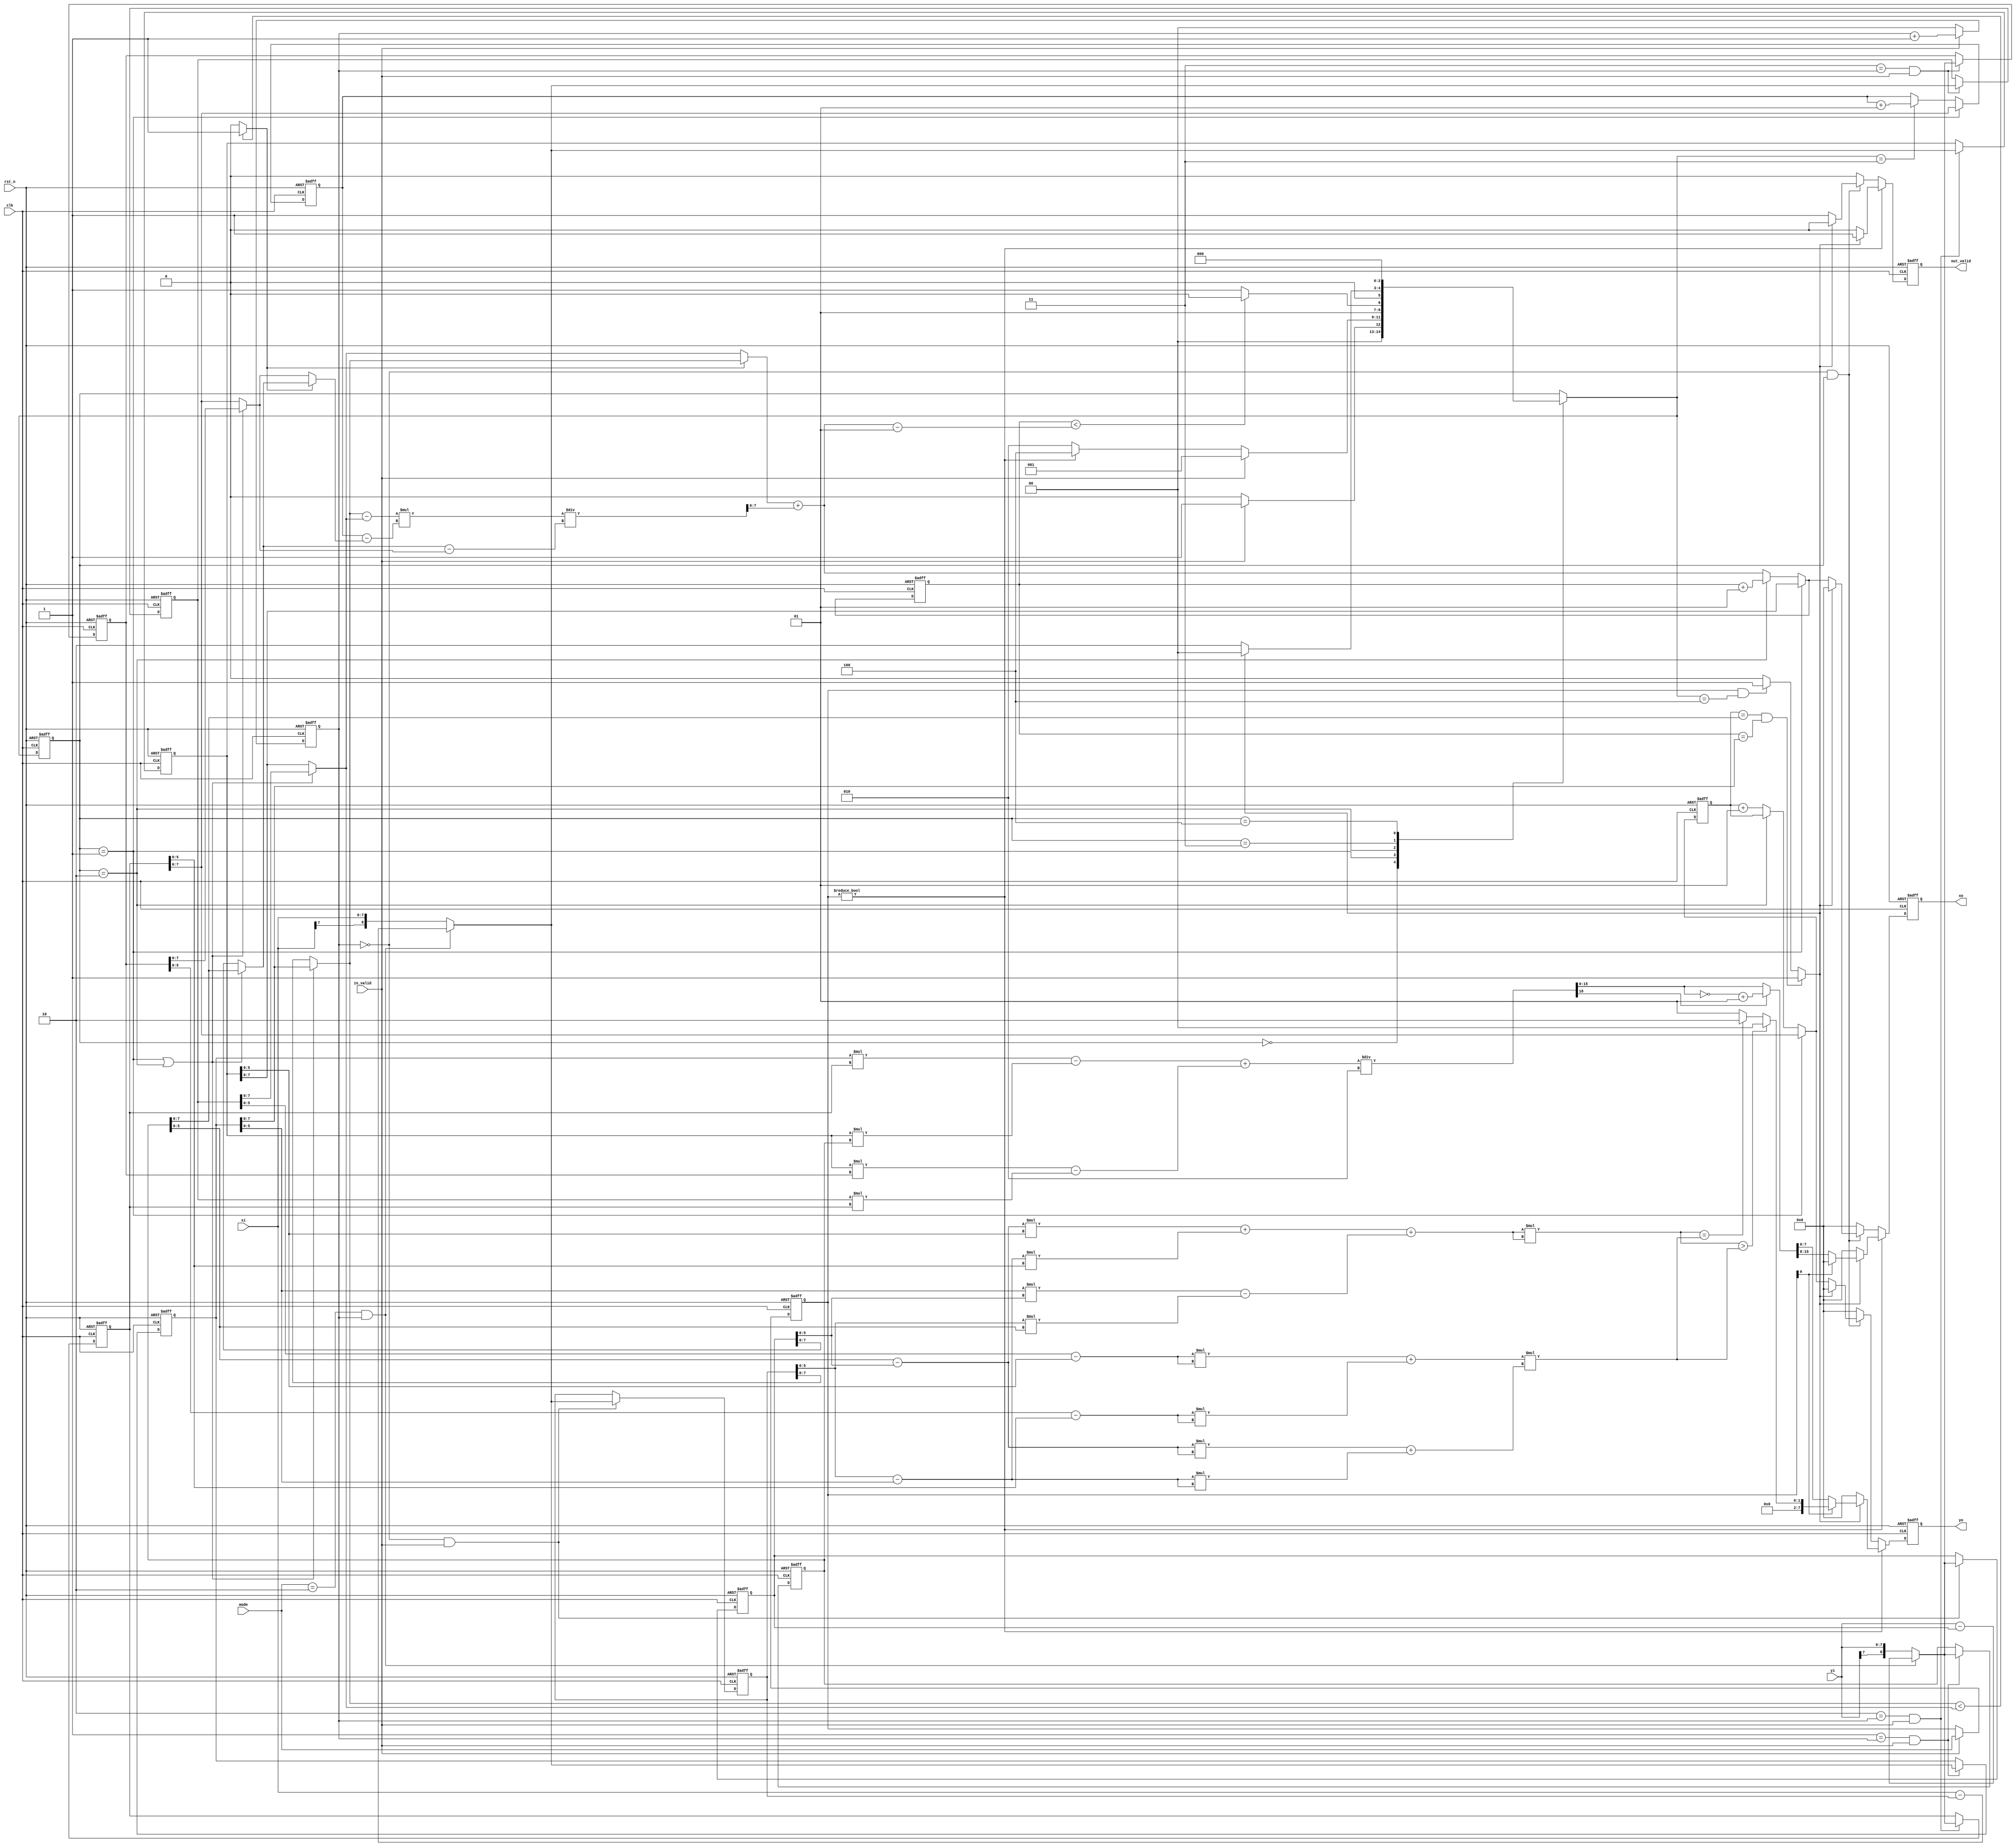
module CC(
    //Input Port
    clk,
    rst_n,
	in_valid,
	mode,
    xi,
    yi,

    //Output Port
    out_valid,
	xo,
	yo
    );

input               clk, rst_n, in_valid;
input       [1:0]   mode;
input       [7:0]   xi, yi;  

output reg          out_valid;
output reg  [7:0]   xo, yo;
//==============================================//
//             Parameter and Integer            //
//==============================================//

parameter IDLE  = 3'd0;
parameter INPUT = 3'd1;
parameter CAL1  = 3'd2;
parameter CAL2  = 3'd3;
parameter OUT   = 3'd4;

integer i, j;
genvar k;

//==============================================//
//            FSM State Declaration             //
//==============================================//

reg [2:0] curr_state, next_state;
reg       calc_finish;

//==============================================//
//                 reg declaration              //
//==============================================//

//*input block
reg [1:0] input_cnt;
reg signed [8:0] xin [0:3];
reg signed [8:0] yin [0:3];
reg signed [7:0] xin_reg [0:3];
reg signed [7:0] yin_reg [0:3];
reg signed [5:0] xin_reg_mode1 [0:3];
reg signed [5:0] yin_reg_mode1 [0:3];
reg        [1:0] mode_reg, mode_comb;

//*cal1
reg                swap;
reg  signed [7:0]  y1_choose_lv2, y2_choose_lv2, x_small, y_choose;
reg         [7:0]  x_ans_part_lv1;
reg         [15:0] numerator;
reg         [7:0]  denominator;

reg  signed [7:0]  x1_choose, x2_choose, y1_choose, y2_choose;
reg  signed [7:0]  y_cal, y_cal_comb;
reg  signed [7:0]  x_ans;

reg  signed [7:0]  xo_mode0, yo_mode0, xo_mode0_comb, yo_mode0_comb;

//*calc2
wire signed [6:0]  eq_a, eq_b;
wire signed [12:0] eq_c;
wire signed [6:0]  ra, rb;
wire        [12:0] radius_square;

wire signed [12:0] equation_dist;
wire        [12:0] normal_vector_square;

wire        [23:0] equation_dist_square;
wire        [23:0] r_square_nv_square;

reg         [1:0]  yo_mode1;

//*calc3
wire signed [18:0] op_2, op_3;
wire signed [19:0] twice_area;
wire signed [18:0] area;
reg         [18:0] area_final;

//*output block
reg       out_valid_comb;
reg [7:0] xo_comb, yo_comb;

//==============================================//
//             Current State Block              //
//==============================================//

always@(posedge clk or negedge rst_n) begin
    if(!rst_n)  curr_state <= IDLE;
    else        curr_state <= next_state;
end

//==============================================//
//              Next State Block                //
//==============================================//

always@(*) begin
    case(curr_state)
        IDLE: begin
            if(in_valid)    next_state = INPUT;
            else            next_state = IDLE;
        end
        INPUT: begin
            if(in_valid)        next_state = INPUT;
            else if(mode_reg)   next_state = OUT;
            else                next_state = CAL1;
        end
        CAL1: begin
            if(xo_mode0 < x_ans-1)  next_state = CAL1;
            else                    next_state = CAL2;
        end
        CAL2: begin
            if(calc_finish) next_state = IDLE;
            else            next_state = CAL1;
        end
        OUT: begin
            next_state = IDLE;
        end
        default: begin
            next_state = curr_state;
        end
    endcase
end

always@(*) begin
    calc_finish = 0;
    if(mode_reg && next_state == OUT)                       calc_finish = 1;
    if(yo_mode0 == yin_reg[1] && xo_mode0 == xin_reg[1])    calc_finish = 1;
end

//==============================================//
//                  Input Block                 //
//==============================================//

always@(posedge clk or negedge rst_n) begin
    if(!rst_n) begin
        input_cnt <= 2'd0;
    end
    else begin
        if(in_valid)    input_cnt <= input_cnt + 'd1;
        else            input_cnt <= 2'd0;
    end
end

//*xi
genvar xin_index;
generate
    for(xin_index=0; xin_index<4; xin_index = xin_index+1) begin
        always@(posedge clk or negedge rst_n) begin
            if(!rst_n) begin
                xin[xin_index] <= 9'b0;
            end
            else begin
                if(xin_index==input_cnt[1:0] && in_valid) begin
                    if(mode==2'd2 && input_cnt) xin[xin_index] <= $signed(xi) - xin[0];
                    else                        xin[xin_index] <= {xi[7], xi[7:0]};
                end
                else    xin[xin_index] <= xin[xin_index];
            end
        end
    end
endgenerate

//*yi
genvar yin_index;
generate
    for(yin_index=0; yin_index<4; yin_index = yin_index+1) begin
        always@(posedge clk or negedge rst_n) begin
            if(!rst_n) begin
                yin[yin_index] <= 9'b0;
            end
            else begin
                if(yin_index==input_cnt[1:0] && in_valid) begin
                    if(mode==2'd2 && input_cnt) yin[yin_index] <= $signed(yi) - yin[0];
                    else                        yin[yin_index] <= {yi[7], yi[7:0]};
                end
                else    yin[yin_index] <= yin[yin_index];
            end
        end
    end
endgenerate


generate
    for(k=0;k<4;k=k+1) begin: xin_yin_change_bit
        always@(*) begin
            xin_reg[k] = xin[k][7:0];
            yin_reg[k] = yin[k][7:0];
            xin_reg_mode1[k] = xin[k][5:0];
            yin_reg_mode1[k] = yin[k][5:0];
        end
    end
endgenerate

//*mode
always@(posedge clk or negedge rst_n) begin
    if(!rst_n)          mode_reg <= 2'b0;
    else                mode_reg <= mode_comb;
end
always@(*) begin
    if(in_valid)    mode_comb = mode;
    else            mode_comb = mode_reg;
end

//==============================================//
//              Calculation Block1              //
//==============================================//

always@(*) begin
    if(curr_state == INPUT || curr_state == CAL1) begin
        x1_choose = xin_reg[3];
        y1_choose = yin_reg[3];
        x2_choose = xin_reg[1];
        y2_choose = yin_reg[1];
    end
    else begin
        x1_choose = xin_reg[2];
        y1_choose = yin_reg[2];
        x2_choose = xin_reg[0];
        y2_choose = yin_reg[0];
    end
end

always@(*) begin
    swap = (x2_choose < x1_choose)? 1:0;
    x_small = swap ? x2_choose : x1_choose;
    y_choose = swap ? y2_choose : y1_choose;
    numerator = ((x2_choose-x1_choose)*(y_cal-y_choose));
    denominator = y2_choose - y1_choose;
    x_ans_part_lv1 = numerator/denominator;
    x_ans = x_small + x_ans_part_lv1;
end

//------------------------------------------------------------------------------------------------------------------//

always@(*) begin
    if(curr_state == INPUT) y_cal_comb = yin_reg[2];
    else if(next_state == CAL2) y_cal_comb = y_cal + 1;
    else y_cal_comb = y_cal;
end
always@(posedge clk or negedge rst_n) begin
    if(!rst_n)  y_cal <= 0;
    else        y_cal <= y_cal_comb;
end

//*output
always@(*) begin
    if(curr_state == INPUT) begin
        xo_mode0_comb = xin_reg[2];
        yo_mode0_comb = yin_reg[2];
    end
    else if(curr_state == CAL1) begin
        xo_mode0_comb = xo_mode0 + 1;
        yo_mode0_comb = yo_mode0;
    end
    else begin
        xo_mode0_comb = x_ans;
        yo_mode0_comb = yo_mode0 + 1;
    end
end
always@(posedge clk or negedge rst_n) begin
    if(!rst_n)  xo_mode0 <= 0;
    else        xo_mode0 <= xo_mode0_comb;
end
always@(posedge clk or negedge rst_n) begin
    if(!rst_n)  yo_mode0 <= 0;
    else        yo_mode0 <= yo_mode0_comb;
end

//==============================================//
//              Calculation Block2              //
//==============================================//
//*the input coordinates here will be limited to 6 bits
//TODO: minimize bits

assign eq_a = yin_reg_mode1[1] - yin_reg_mode1[0];
assign eq_b = xin_reg_mode1[0] - xin_reg_mode1[1];
assign eq_c = xin_reg_mode1[1]*yin_reg_mode1[0] - xin_reg_mode1[0]*yin_reg_mode1[1]; //x2y1 - x1y2 //6x6 signed
assign equation_dist = eq_a*xin_reg_mode1[2] + eq_b*yin_reg_mode1[2] + eq_c; //ax+by+c //7x6 signed
assign equation_dist_square = equation_dist*equation_dist;

assign ra = xin_reg_mode1[3] - xin_reg_mode1[2];
assign rb = yin_reg_mode1[3] - yin_reg_mode1[2];
assign radius_square = ra*ra + rb*rb; //7x7 signed

assign normal_vector_square = eq_a*eq_a + eq_b*eq_b; //eq_a^2 + eq_b^2 

assign r_square_nv_square = radius_square*normal_vector_square;

always@(*) begin
    if(equation_dist_square > r_square_nv_square)       yo_mode1 = 2'd0; //non-intersecting 
    else if(equation_dist_square == r_square_nv_square) yo_mode1 = 2'd2; //tangent 
    else                                                yo_mode1 = 2'd1; //intersecting 
end

//==============================================//
//              Calculation Block3              //
//==============================================//

assign op_2 = xin[1]*yin[2] - xin[2]*yin[1]; //x1y2 - x2y1
assign op_3 = xin[2]*yin[3] - xin[3]*yin[2]; //x1y2 - x2y1

assign twice_area = op_2 + op_3; 
assign area = twice_area / 2;

always@(*) begin
    if(area[18])    area_final = ~area + 1;
    else            area_final = area;
end


//==============================================//
//                Output Block                  //
//==============================================//

always@(*) begin
    out_valid_comb = 0;
    xo_comb = 0;
    yo_comb = 0;
    if(mode_reg) begin
        if(calc_finish) begin
            out_valid_comb = 1;
            if(mode_reg[0]) begin //mode 1 
                xo_comb = 0;
                yo_comb = yo_mode1;
            end
            else begin //mode 2 
                xo_comb = area_final[15:8];
                yo_comb = area_final[7:0];
            end
        end
    end
    else begin //mode 0 
        if(input_cnt == 0 && curr_state) begin
            if(!calc_finish) begin
                out_valid_comb = 1;
                xo_comb = xo_mode0_comb;
                yo_comb = yo_mode0_comb;
            end
        end
    end
end

always@(posedge clk or negedge rst_n) begin
    if(!rst_n)  out_valid <= 0;
    else        out_valid <= out_valid_comb;
end

always@(posedge clk or negedge rst_n) begin
    if(!rst_n)  xo <= 0;
    else        xo <= xo_comb;
end

always@(posedge clk or negedge rst_n) begin
    if(!rst_n)  yo <= 0;
    else        yo <= yo_comb;
end

endmodule